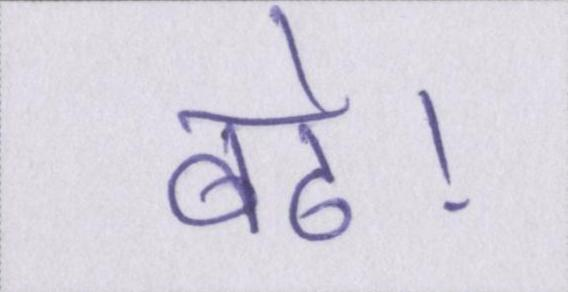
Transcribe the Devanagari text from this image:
बढे।